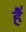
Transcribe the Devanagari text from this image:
है॑